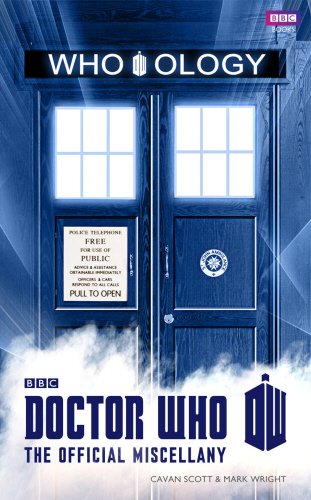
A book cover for Doctor Who: Who-ology; Cavan Scott; Humor & Entertainment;